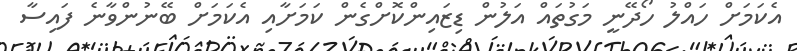
އެކަމަށް ހައްލު ހޯދޭނީ މަގުތައް އަލުން ޑިޒައިންކޮށްގެން ކަމަށާއި އެކަމަށް ބޭނުންވާނެ ފައިސާ